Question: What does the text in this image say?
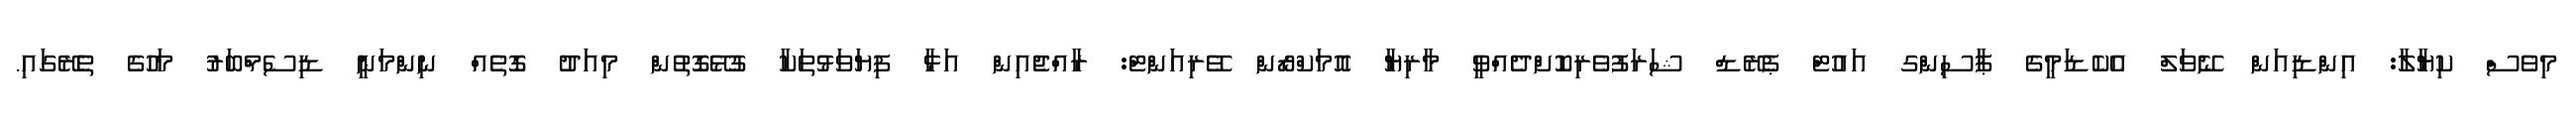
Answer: މިވެސް ކިޔާލާ: އިންޑިއަން ނޭވަލް އެކެޑަމީގެ ޕާސިންގ އައުޓް ޕެރޭޑް ޝަރަފުވެރިކޮށްދެއްވީ މާރިޔާ އޮމަކްރޯން ވޭރިއަންޓް: ރާއްޖެއިން އަޅާ ފިޔަވަޅުތަކާ ގުޅޭގޮތުން މިއަދު ގޮތެއް ނިންމަނީ ޑިސެމްްބަރު މަހުގެ ތެރޭގައި.